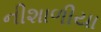
નીશાળીયા